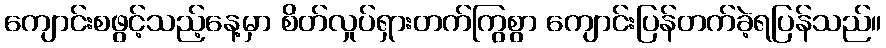
ကျောင်းစဖွင့်သည့်နေ့မှာ စိတ်လှုပ်ရှားတက်ကြွစွာ ကျောင်းပြန်တက်ခဲ့ရပြန်သည်။